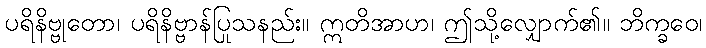
ပရိနိဗ္ဗုတော၊ ပရိနိဗ္ဗာန်ပြုသနည်း။ ဣတိအာဟ၊ ဤသို့လျှောက်၏။ ဘိက္ခဝေ၊